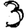
Digit: 3